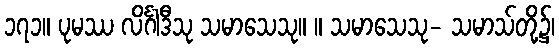
၁၇၁။ ပုမဿ လိင်္ဂါဒီသု သမာသေသု။ ။ သမာသေသု- သမာသ်တို့၌၊